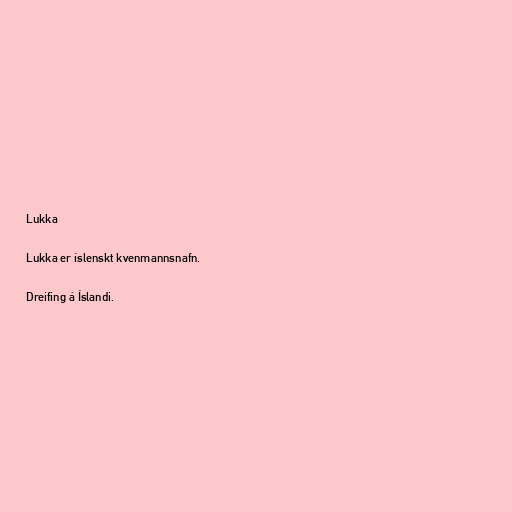
Lukka

Lukka er íslenskt kvenmannsnafn.

Dreifing á Íslandi.